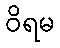
ဝိရမ